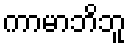
ကာမာဘိဘူ